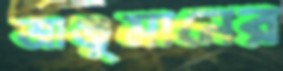
আঞ্জুমানের